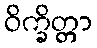
ဝိက္ခိတ္တာ